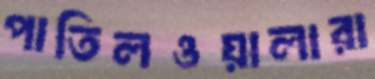
পাতিলওয়ালারা